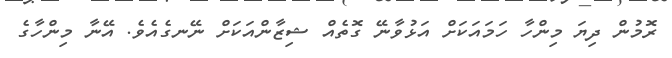
ރޮމުން ދިޔަ މިންހާ ހަމައަކަށް އަޅުވާނޭ ގޮތެއް ޝިޒާންއަކަށް ނޭނގެއެވެ. އޭނާ މިންހާގެ